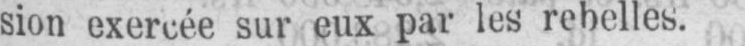
sur eux par les rebelles.